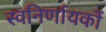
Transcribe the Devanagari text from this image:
स्वनिर्णायकों